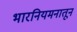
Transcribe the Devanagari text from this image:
भारनियमनातून